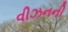
વીઝનની